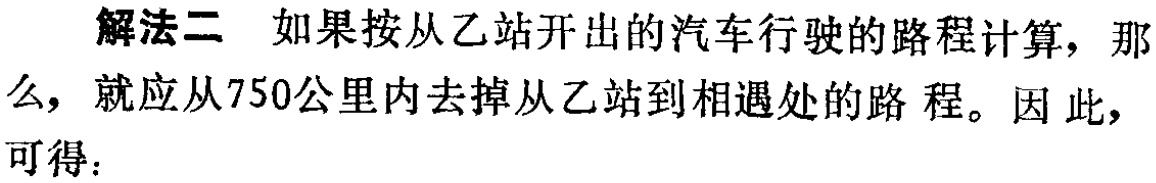
解法二 如果按从乙站开出的汽车行驶的路程计算，那么，就应从750公里内去掉从乙站到相遇处的路程。因此，可得：